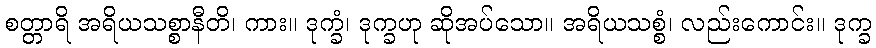
စတ္တာရိ အရိယသစ္စာနီတိ၊ ကား။ ဒုက္ခံ၊ ဒုက္ခဟု ဆိုအပ်သော။ အရိယသစ္စံ၊ လည်းကောင်း။ ဒုက္ခ